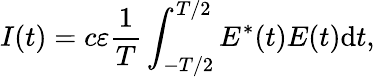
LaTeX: I(t)=c\varepsilon\frac{1}{T}\int_{-T/2}^{T/2}E^{*}(t)E(t)\mathrm{{d}}t,